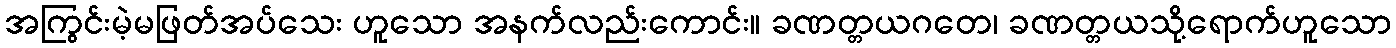
အကြွင်းမဲ့မဖြတ်အပ်သေး ဟူသော အနက်လည်းကောင်း။ ခဏတ္တယဂတေ၊ ခဏတ္တယသို့ရောက်ဟူသော